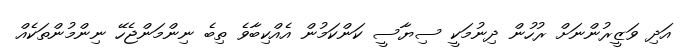
އަދި ވަޒީރުންނަށް ރުހުން ދިނުމަކީ ސިޔާސީ ކަންކަމުން އެއްކިބާވެ ތިބެ ނިންމަންޖެހޭ ނިންމުންތަކެއް